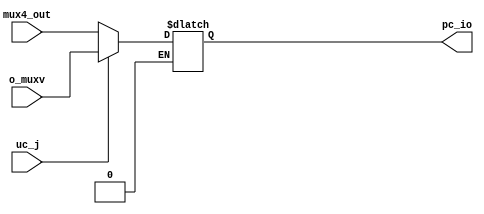
`timescale 1ns/1ps

module mux_pc(
    input [31:0] o_muxv,
    input [31:0] mux4_out,
    input uc_j,
    output reg [31:0] pc_io
);

always@(*)
begin
    if (uc_j == 1)begin
        pc_io = o_muxv;
    end
	 if (uc_j == 0)begin
        pc_io = mux4_out;
    end
end
endmodule